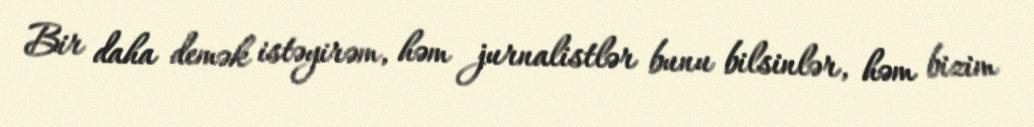
Bir daha demək istəyirəm, həm jurnalistlər bunu bilsinlər, həm bizim